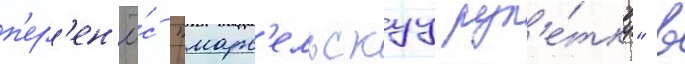
п'ер'ен'ё́с "марс'ельскуу рул'е́тку" в